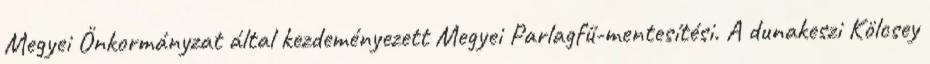
Megyei Önkormányzat által kezdeményezett Megyei Parlagfű-mentesítési. A dunakeszi Kölcsey